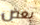
بعض